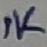
Text: 1K